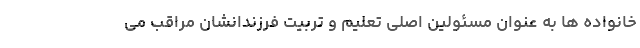
خانواده ها به عنوان مسئولین اصلی تعلیم و تربیت فرزندانشان مراقب می